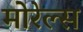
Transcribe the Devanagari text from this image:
मोरेल्स